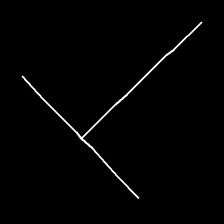
Glyph: column